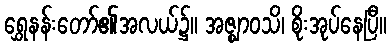
ရွှေနန်းတော်၏အလယ်၌။ အဇ္ဈာဝသိ၊ စိုးအုပ်နေပြီ။